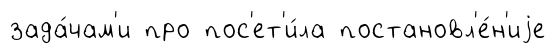
зада́чам'и про пос'ет'и́ла постановл'е́н'иjе